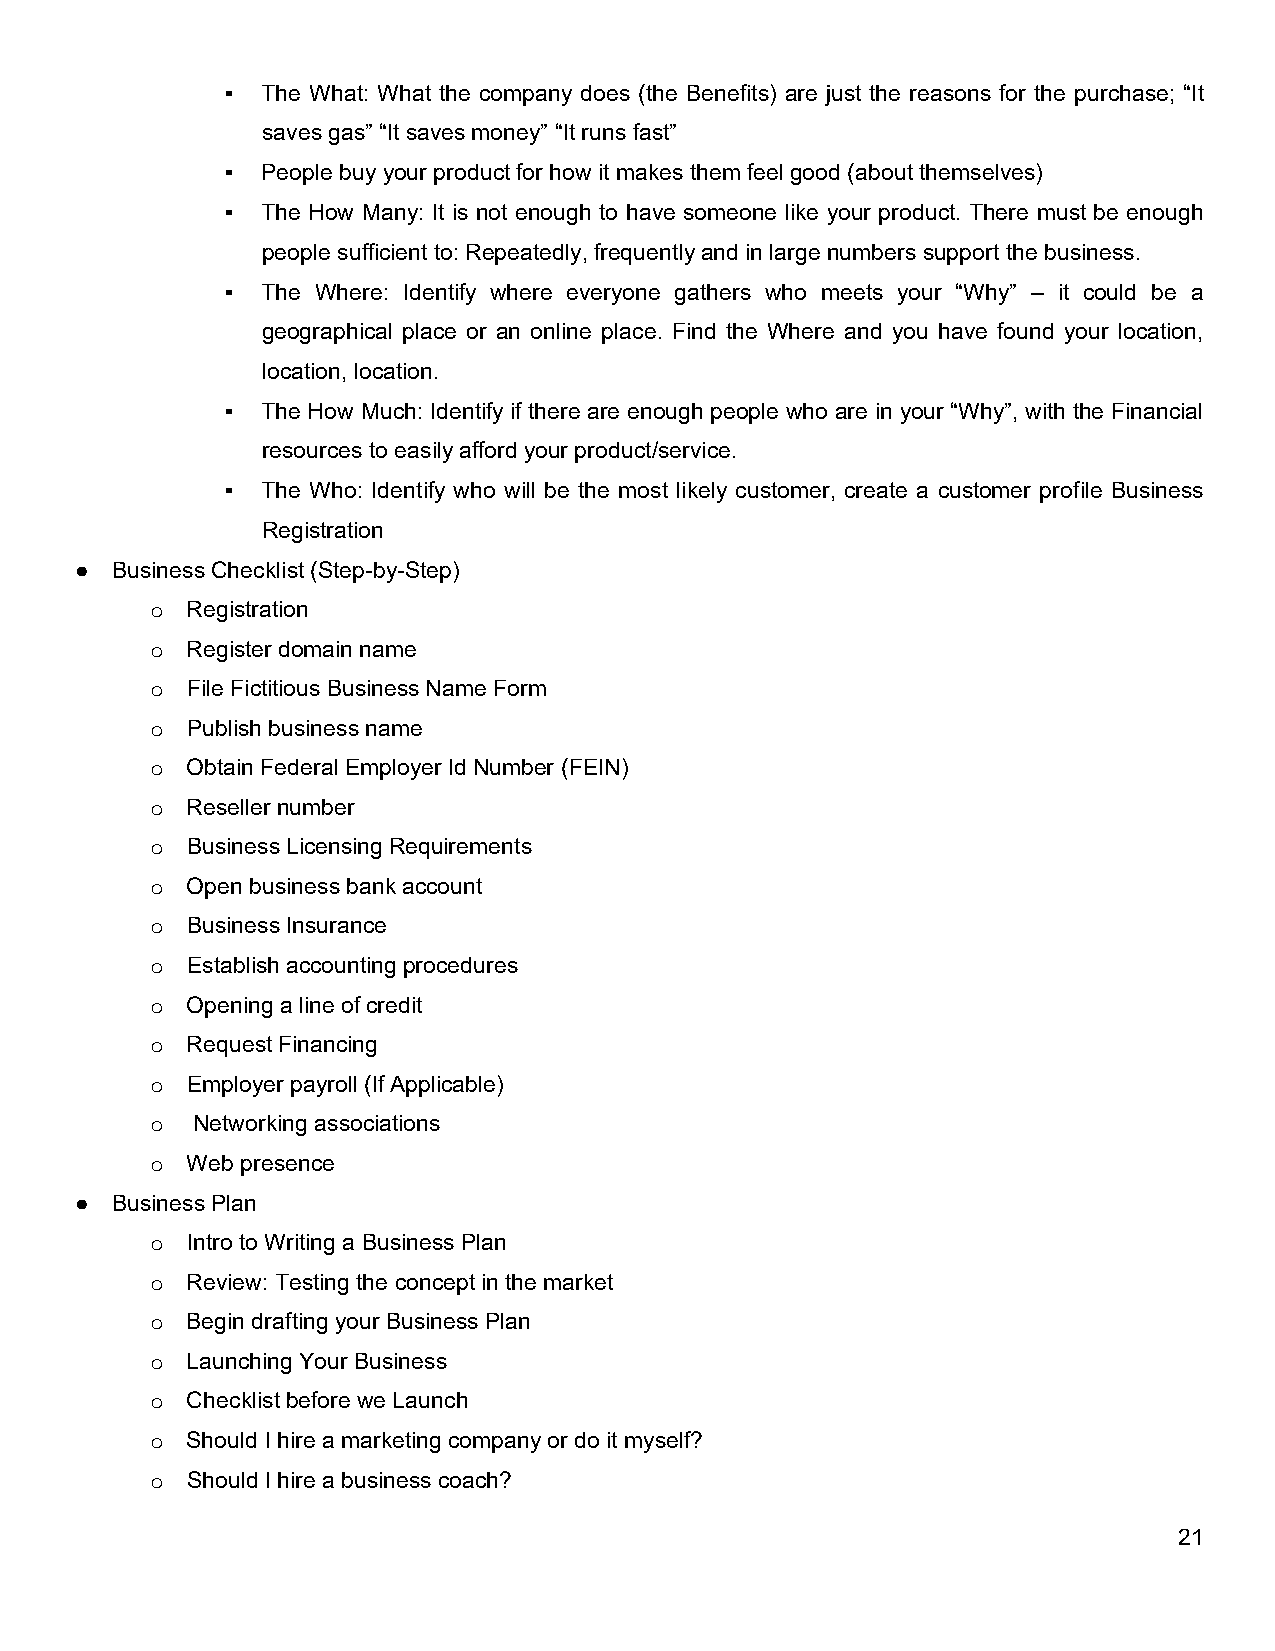
▪ The What: What the company does (the Benefits) are just the reasons for the purchase; “It
 saves gas” “It saves money” “It runs fast”
 ▪ People buy your product for how it makes them feel good (about themselves)
 ▪ The How Many: It is not enough to have someone like your product. There must be enough
 people sufficient to: Repeatedly, frequently and in large numbers support the business.
 ▪ The Where: Identify where everyone gathers who meets your “Why” – it could be a
 geographical place or an online place. Find the Where and you have found your location,
 location, location.
 ▪ The How Much: Identify if there are enough people who are in your “Why”, with the Financial
 resources to easily afford your product/service.
 ▪ The Who: Identify who will be the most likely customer, create a customer profile Business
 Registration
 ● Business Checklist (Step-by-Step)
 o Registration
 o Register domain name
 o File Fictitious Business Name Form
 o Publish business name
 o Obtain Federal Employer Id Number (FEIN)
 o Reseller number
 o Business Licensing Requirements
 o Open business bank account
 o Business Insurance
 o Establish accounting procedures
 o Opening a line of credit
 o Request Financing
 o Employer payroll (If Applicable)
 o  Networking associations
 o Web presence
 ● Business Plan
 o Intro to Writing a Business Plan
 o Review: Testing the concept in the market
 o Begin drafting your Business Plan
 o Launching Your Business
 o Checklist before we Launch
 o Should I hire a marketing company or do it myself?
 o Should I hire a business coach?
 21